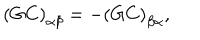
LaTeX: \left( G C \right) _ { \alpha \beta } = - \left( G C \right) _ { \beta \alpha } ,